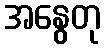
အနွေတု